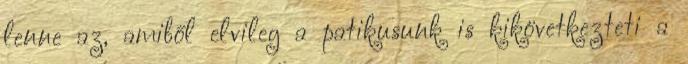
lenne az, amiből elvileg a patikusunk is kikövetkezteti a